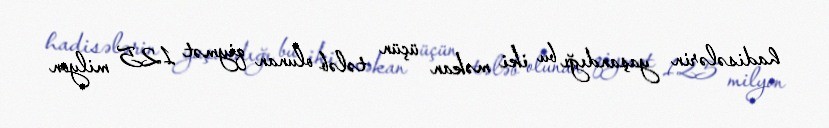
hadisələrin yaşandığı bu iki məkan üçün tələb olunan qiymət 125 milyon